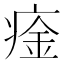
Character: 㾣